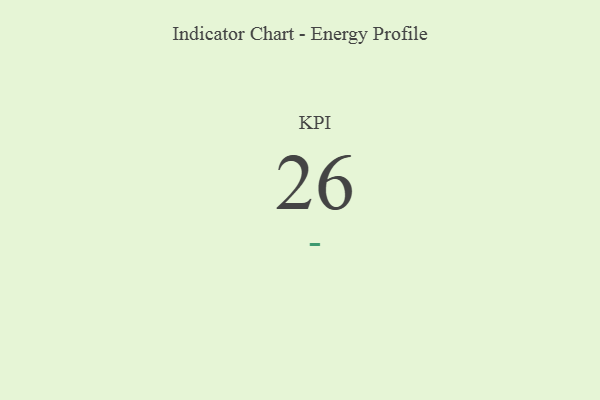
{"axis": {"x": "KPI", "y": "Value"}, "legend": [""], "data": [{"x": "KPI", "y": 26, "type": ""}]}